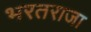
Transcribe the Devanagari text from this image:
भरतराजा